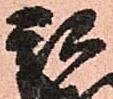
親